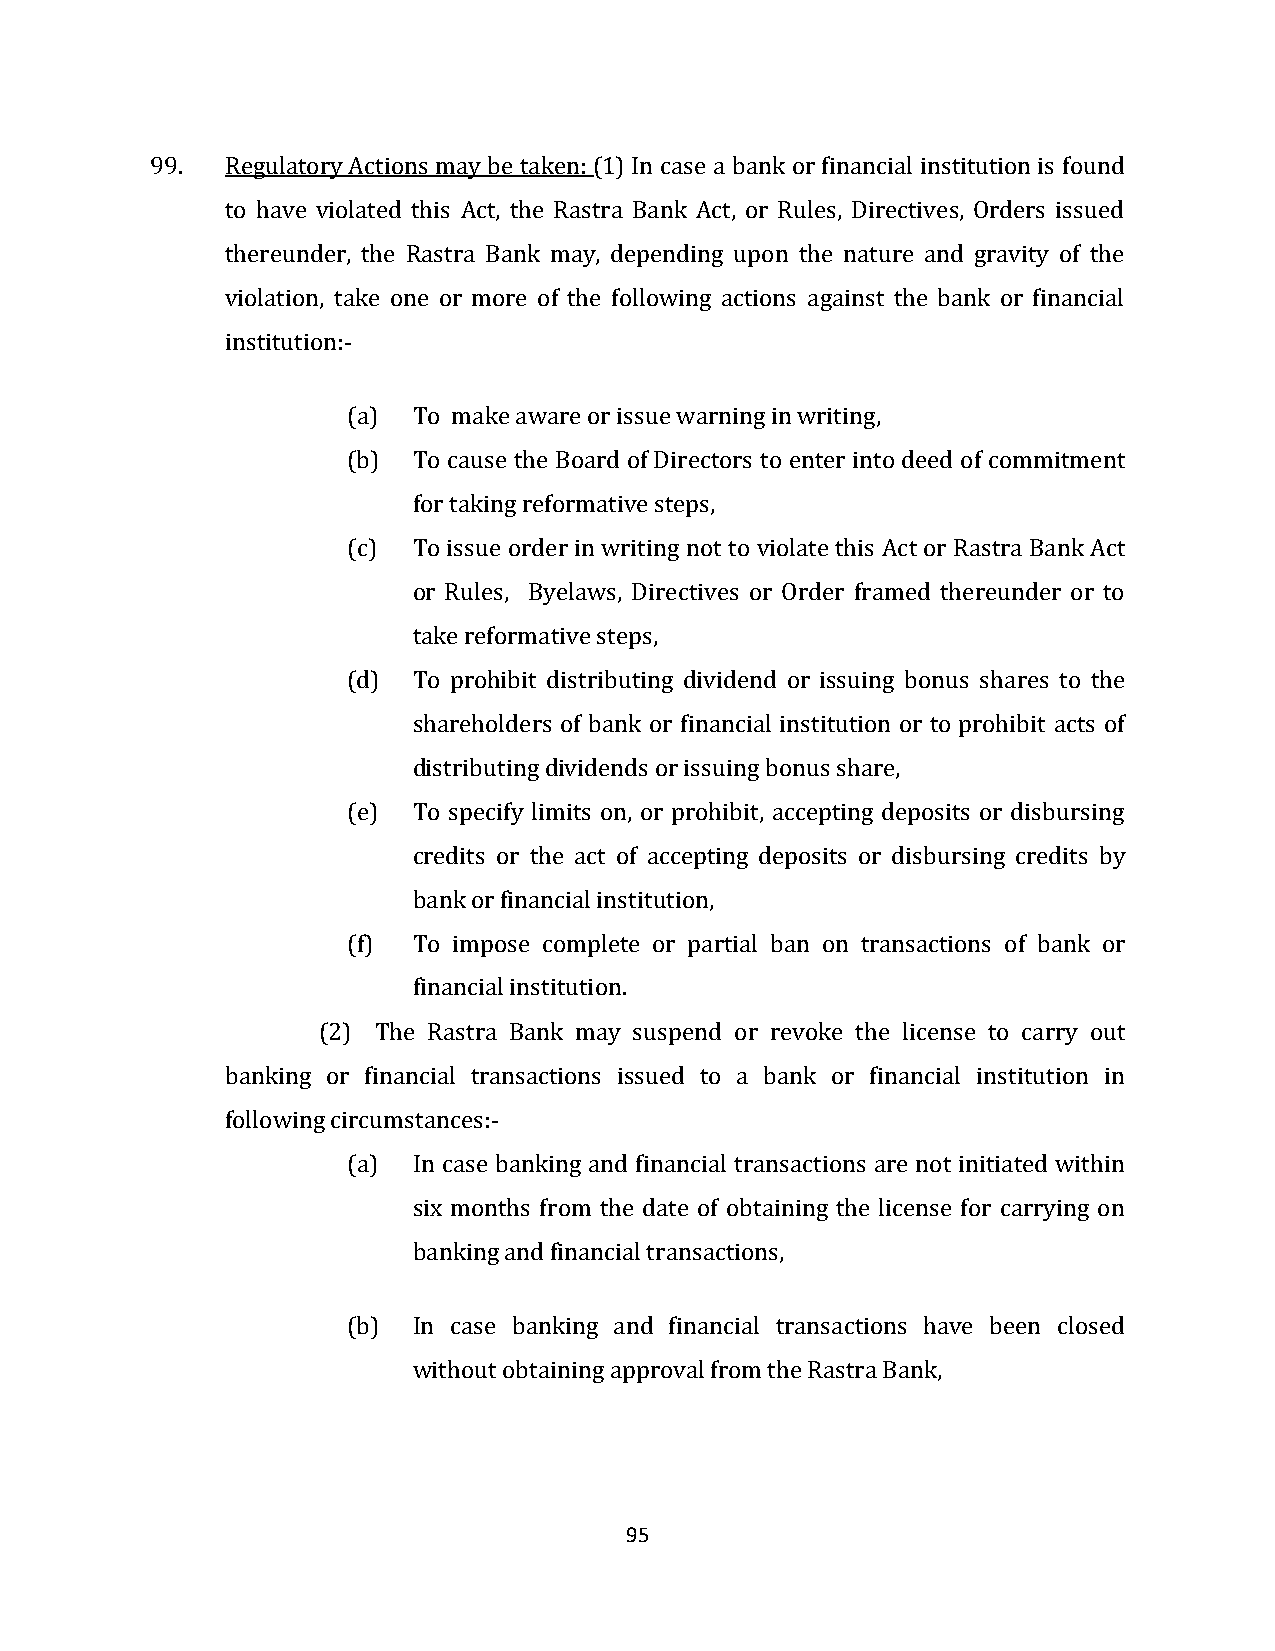
99.  Regulatory Actions may be taken: (1) In case a bank or financial institution is found
 to have violated this Act, the Rastra Bank Act, or Rules, Directives, Orders issued
 thereunder, the Rastra Bank may, depending upon the nature and gravity of the
 violation, take one or more of the following actions against the bank or financial
 institution:-
 (a) To make aware or issue warning in writing,
 (b) To cause the Board of Directors to enter into deed of commitment
 for taking reformative steps,
 (c) To issue order in writing not to violate this Act or Rastra Bank Act
 or Rules, Byelaws, Directives or Order framed thereunder or to
 take reformative steps,
 (d) To prohibit distributing dividend or issuing bonus shares to the
 shareholders of bank or financial institution or to prohibit acts of
 distributing dividends or issuing bonus share,
 (e) To specify limits on, or prohibit, accepting deposits or disbursing
 credits or the act of accepting deposits or disbursing credits by
 bank or financial institution,
 (f) To impose complete or partial ban on transactions of bank or
 financial institution.
 (2) The Rastra Bank may suspend or revoke the license to carry out
 banking or financial transactions issued to a bank or financial institution in
 following circumstances:-
 (a) In case banking and financial transactions are not initiated within
 six months from the date of obtaining the license for carrying on
 banking and financial transactions,
 (b) In case banking and financial transactions have been closed
 without obtaining approval from the Rastra Bank,
 95